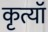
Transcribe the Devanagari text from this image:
कृत्यॉ